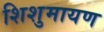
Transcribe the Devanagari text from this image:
शिशुमायण